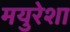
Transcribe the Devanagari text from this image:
मयुरेशा